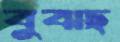
বুঝছ